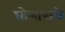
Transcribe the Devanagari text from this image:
घोलापाचे